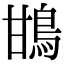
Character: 䲺